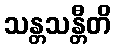
သန္တသန္တီတိ